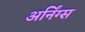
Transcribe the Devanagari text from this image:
अर्निंग्स